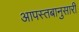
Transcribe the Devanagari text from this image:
आपस्तबानुसारी